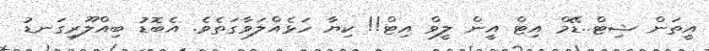
އީތަން ޝިޓް..ޑޭމް އިޓް އީން ލީވް އިޓް!! ކިޔާ ހަޅެއްލަވާގަތެވެ. އެބޮޑު ބިއްލޫރިގަނޑު